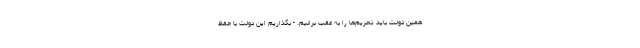
همین دولت باید تحریم‌ها را به عقب برانیم. - بگذاریم این دولت با حفظ